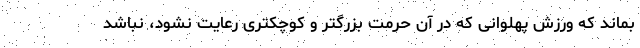
بماند که ورزش پهلوانی که در آن حرمت بزرگتر و کوچکتری رعایت نشود، نباشد